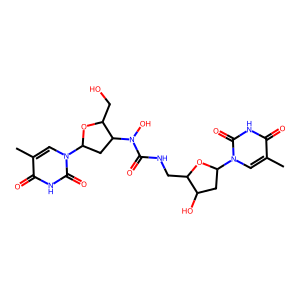
SMILES: Cc1cn(C2CC(O)C(CNC(=O)N(O)C3CC(n4cc(C)c(=O)[nH]c4=O)OC3CO)O2)c(=O)[nH]c1=O
Inhibits HIV replication: No